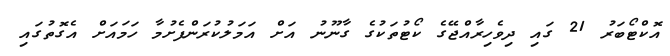
އޮކްޓޯބަރު 21 ގައި ދިވެހިރާއްޖޭގެ ކޯޓުތަކުގެ ގާނޫނު އަށް އަމަލުކުރަންފެށުމާ ހަމައަށް އެގޮތުގައި